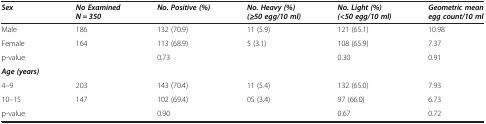
<table><thead><tr><td><b><i>Sex</i></b></td><td><b><i>No Examined N = 350</i></b></td><td><b><i>No. Positive (%)</i></b></td><td><b><i>No. Heavy (%) (≥50 egg/10 ml)</i></b></td><td><b><i>No. Light (%) (&lt;50 egg/10 ml)</i></b></td><td><b><i>Geometric mean egg count/10 ml</i></b></td></tr></thead><tbody><tr><td>Male</td><td>186</td><td>132 (70.9)</td><td>11 (5.9)</td><td>121 (65.1)</td><td>10.98</td></tr><tr><td>Female</td><td>164</td><td>113 (68.9)</td><td>5 (3.1)</td><td>108 (65.9)</td><td>7.37</td></tr><tr><td>p-value</td><td> </td><td>0.73</td><td> </td><td>0.30</td><td>0.91</td></tr><tr><td><b><i>Age (years)</i></b></td><td> </td><td> </td><td> </td><td> </td><td> </td></tr><tr><td>4–9</td><td>203</td><td>143 (70.4)</td><td>11 (5.4)</td><td>132 (65.0)</td><td>7.93</td></tr><tr><td>10–15</td><td>147</td><td>102 (69.4)</td><td>05 (3.4)</td><td>97 (66.0)</td><td>6.73</td></tr><tr><td>p-value</td><td> </td><td>0.90</td><td> </td><td>0.67</td><td>0.72</td></tr></tbody></table>